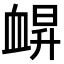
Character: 𧖿